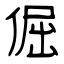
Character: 倔